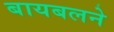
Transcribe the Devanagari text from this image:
बायबलने